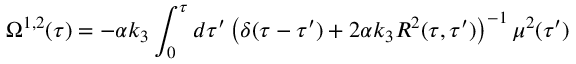
{ } \Omega ^ { 1 , 2 } ( \tau ) = - \alpha k _ { 3 } \int _ { 0 } ^ { \tau } d \tau ^ { \prime } \left( \delta ( \tau - \tau ^ { \prime } ) + 2 \alpha k _ { 3 } R ^ { 2 } ( \tau , \tau ^ { \prime } ) \right) ^ { - 1 } \mu ^ { 2 } ( \tau ^ { \prime } )